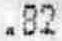
.82